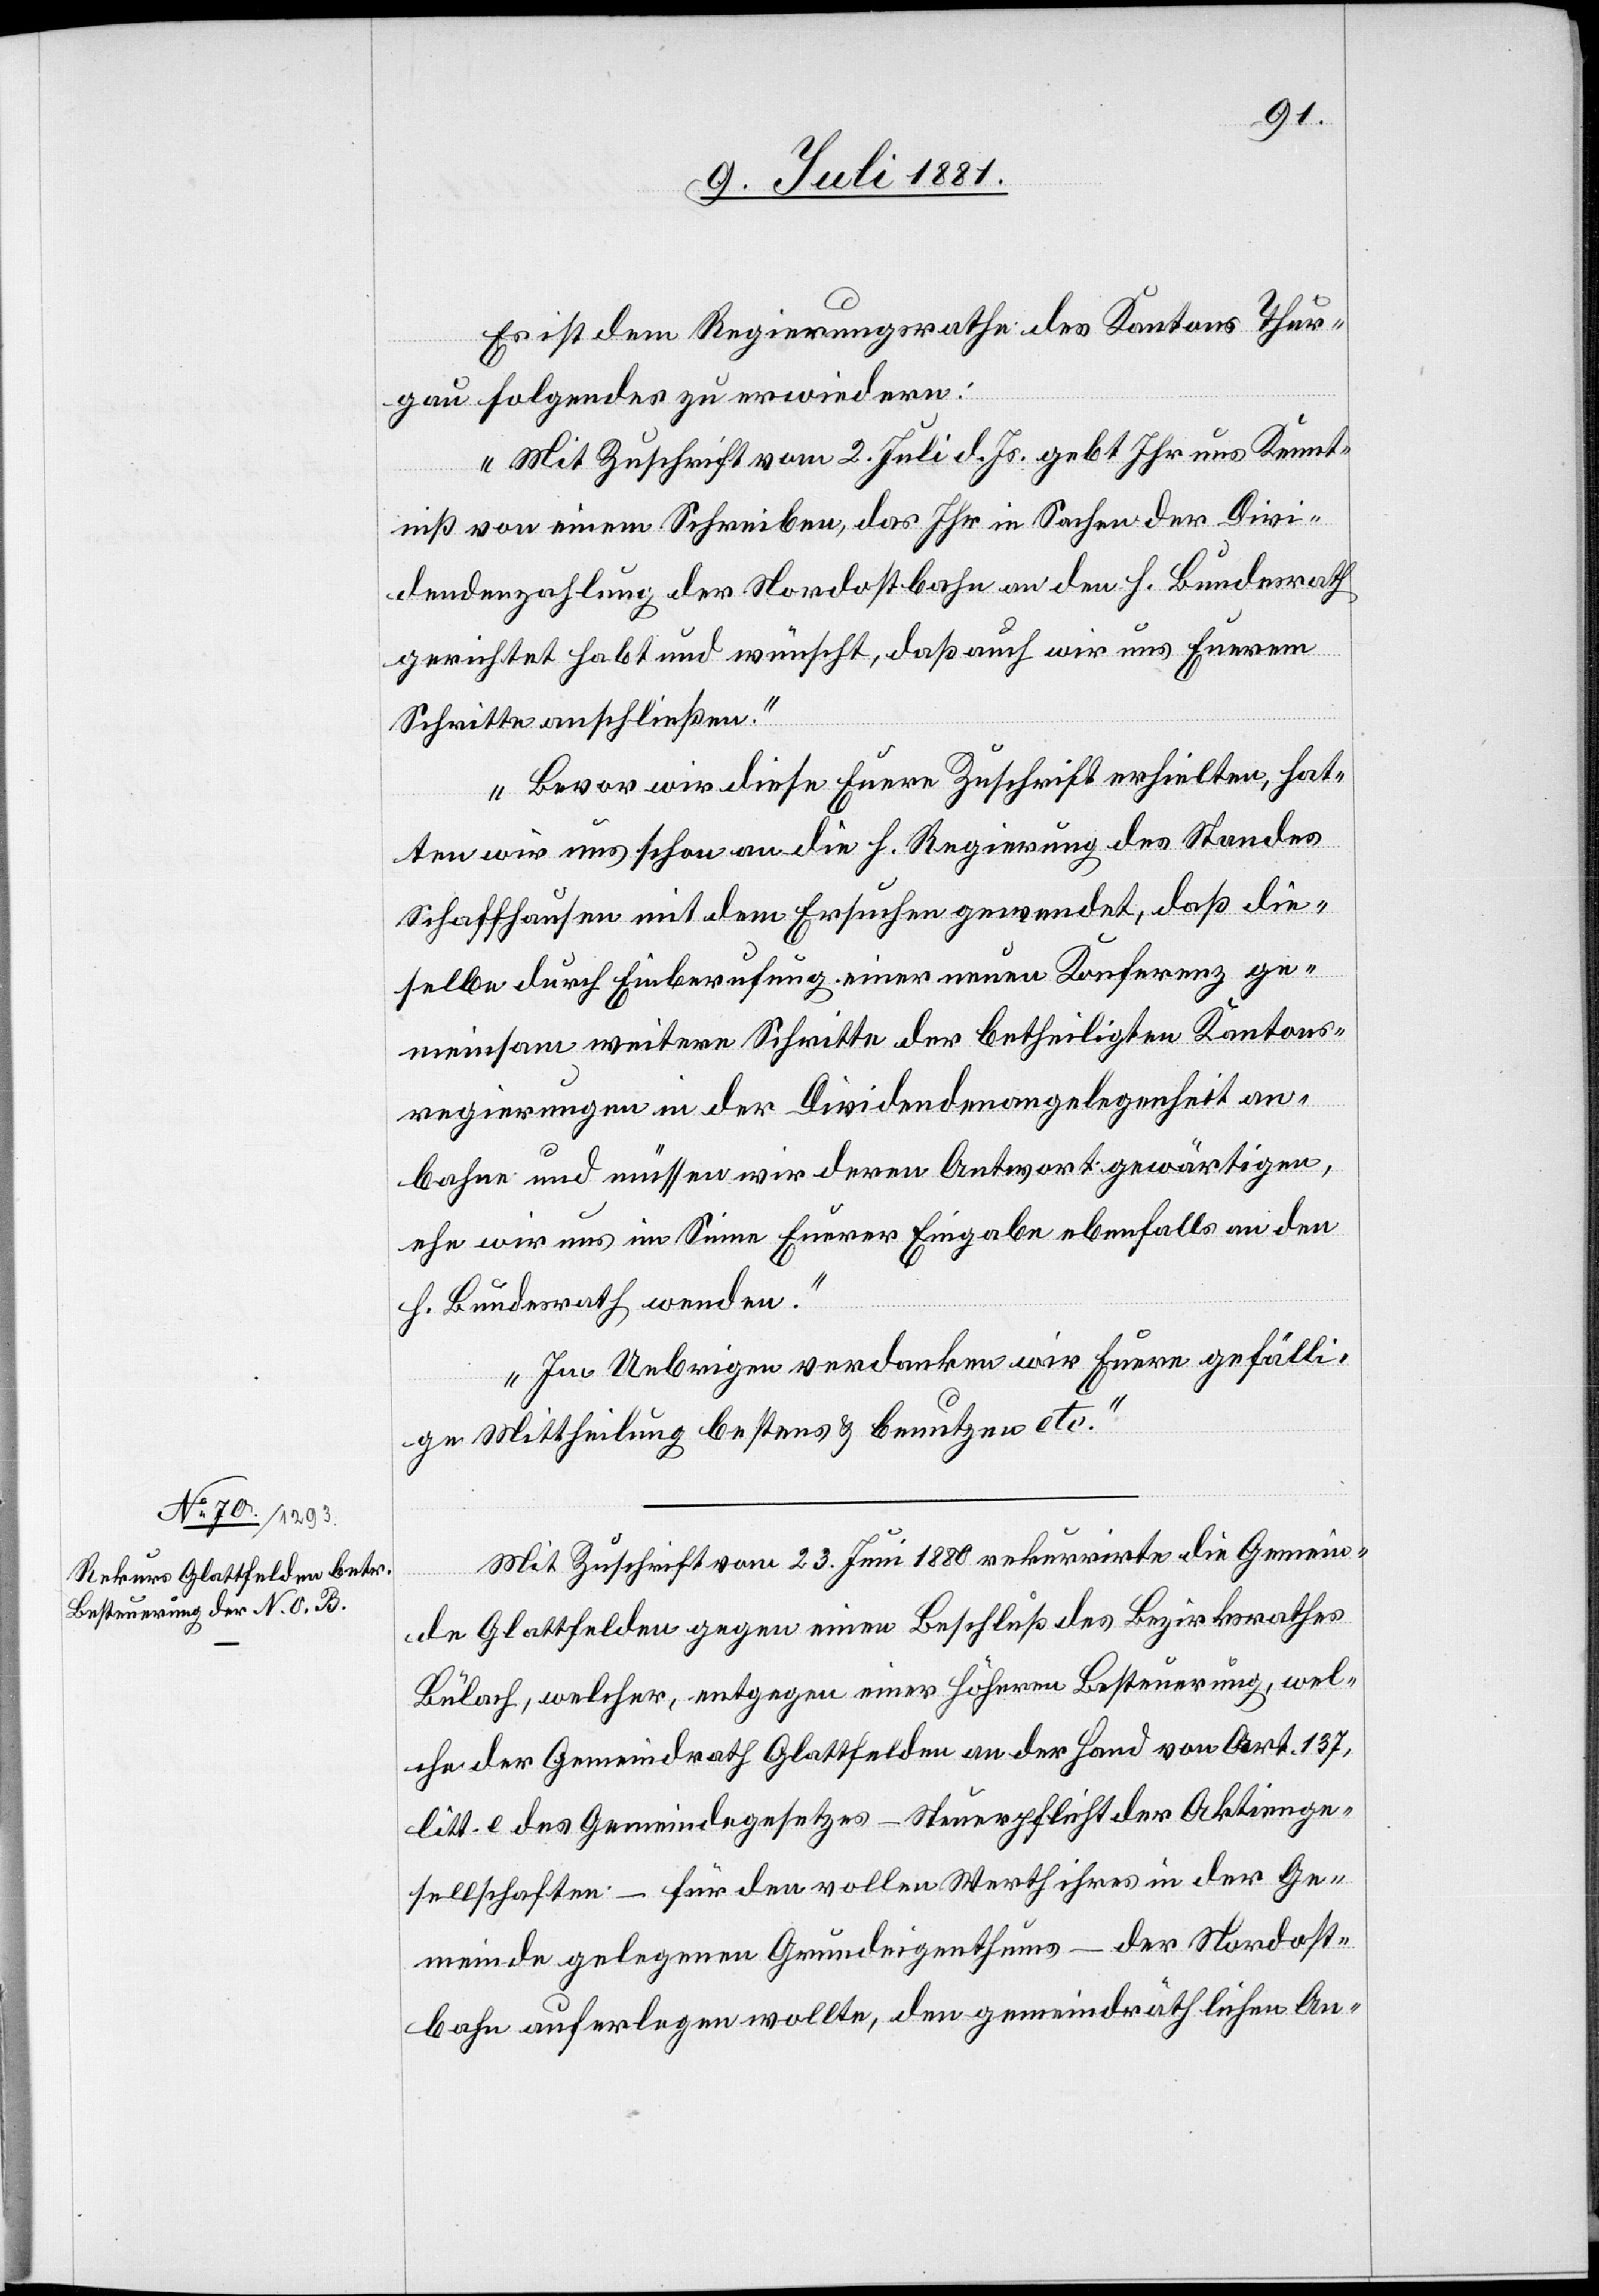
Es ist dem Regierungsrath des Kantons Thur¬
gau folgendes zu erwiedern:
„Mit Zuschrift vom 2. Juli d. Js. gebt Ihr uns Kennt¬
niß von einem Schreiben, das Ihr in Sachen der Divi¬
dendenzahlung der Nordostbahn an den h. Bundesrath
gerichtet habt und wünscht, daß auch wir uns Euerem
Schritte anschließen.
Bevor wir diese Euere Zuschrift erhielten, hat¬
ten wir uns schon an die h. Regierung des Standes
Schaffhausen mit dem Ersuchen gewendet, daß die¬
selbe durch Einberufung einer neuen Konferenz ge¬
meinsam weitere Schritte der betheiligten Kantons¬
regierungen in der Dividendenangelegenheit an¬
bahne und müssen wir deren Antwort gewärtigen
ehe wir uns im Sinne Euerer Eingabe ebenfalls an den
h. Bundesrath wenden.
Im Uebrigen verdanken wir Euere gefälli¬
ge Mittheilung bestes & benutzen etc.“
Mit Zuschrift vom 23. Juni 1880 rekurrirte die Gemein¬
de Glattfelden gegen einen Beschluß des Bezirksrathes
Bülach, welcher, entgegen einer höheren Besteuerung, wel¬
che der Gemeindrath Glattfelden an der Hand vom Art. 137,
litt. e des Gemeindegesetzes – Steuerpflicht der Aktienge¬
sellschaften – für den vollen Werth ihres in der Ge¬
meinde gelegenen Grundeigenthums – der Nordost¬
bahn auferlegen wollte, den gemeindräthlichen An-